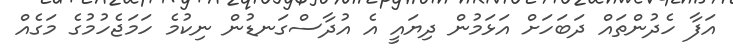
އަފާ ހެދުންތައް ދަބަހަށް އަޅަމުން ދިޔައީ އެ އުދާސްގަނޑުން ނިކުމެ ހަމަޖެހުމުގެ މަގެއް